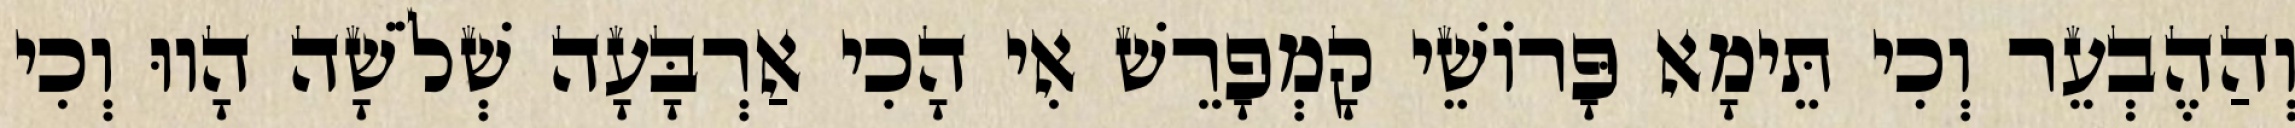
וְהַהֶבְעֵר וְכִי תֵּימָא פָּרוֹשֵׁי קָמְפָרֵשׁ אִי הָכִי אַרְבָּעָה שְׁלֹשָׁה הָווּ וְכִי